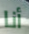
أنا